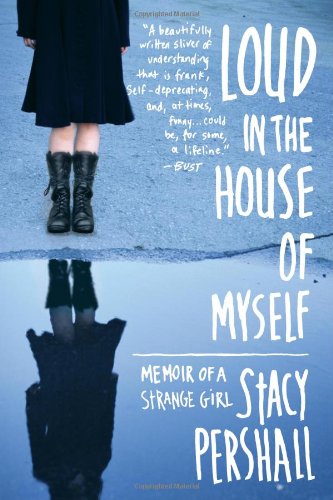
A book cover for Loud in the House of Myself: Memoir of a Strange Girl; Stacy Pershall; Health, Fitness & Dieting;